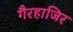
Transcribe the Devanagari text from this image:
गैरहाजिर